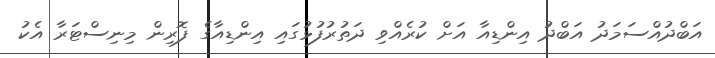
އަބްދުއްސަމަދު އަބްދު އިންޑިއާ އަށް ކުރެއްވި ދަތުރުފުޅުގައި އިންޑިއާގެ ފޮރިން މިނިސްޓަރާ އެކު